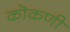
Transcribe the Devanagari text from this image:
कॊकणी